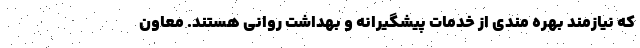
که نیازمند بهره مندی از خدمات پیشگیرانه و بهداشت روانی هستند. معاون